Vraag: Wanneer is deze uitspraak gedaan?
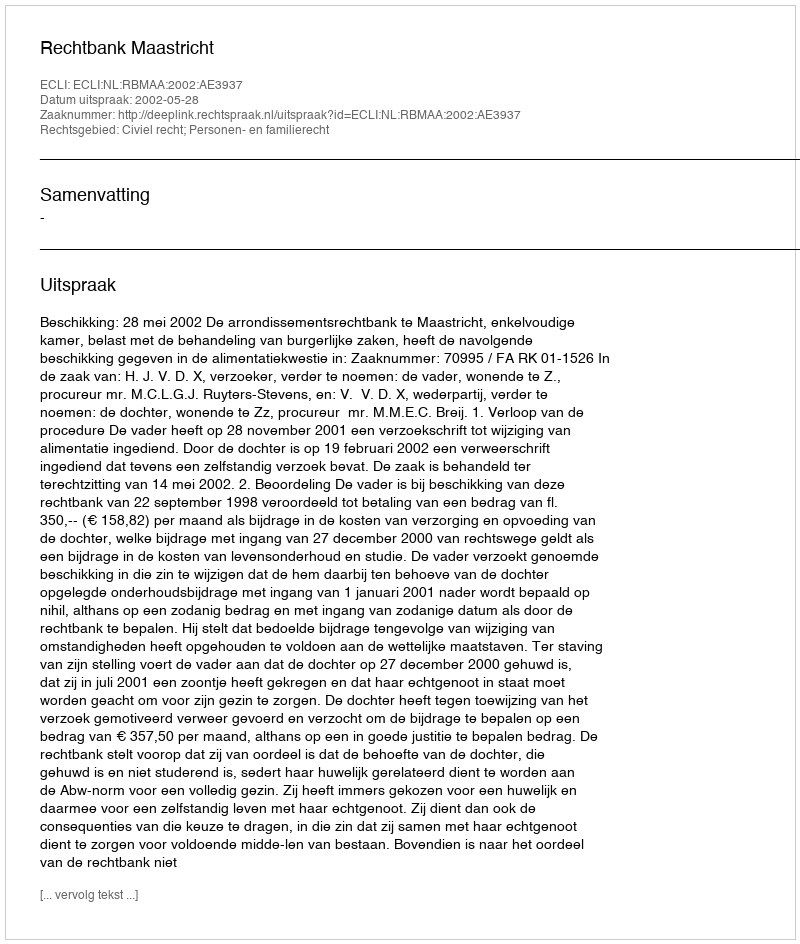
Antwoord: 2002-05-28